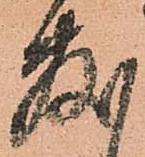
敷